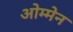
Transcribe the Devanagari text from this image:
ओम्मेन